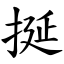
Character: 挻